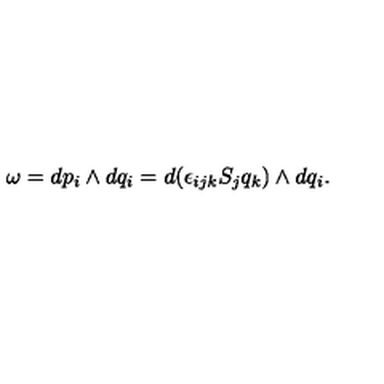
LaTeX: \omega = d p _ { i } \wedge d q _ { i } = d ( \epsilon _ { i j k } S _ { j } q _ { k } ) \wedge d q _ { i } .